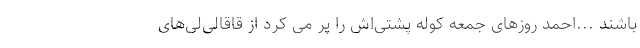
باشند ...احمد روزهای جمعه کوله پشتی‌اش را پر می کرد از قاقالی‌لی‌های